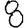
Digit: 8